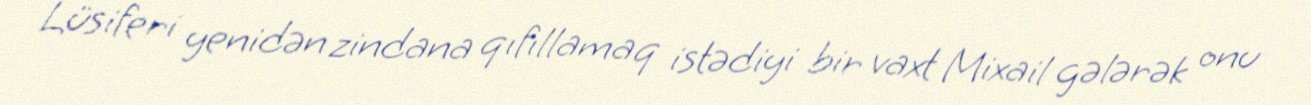
Lüsiferi yenidən zindana qıfıllamaq istədiyi bir vaxt Mixail gələrək onu